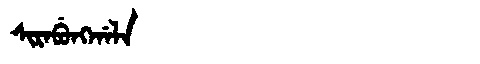
Manchu: ᠰᡳᡵᠠᠪᡠᠩᡤᠠᠯᠠ
Romanization: SIRABUNGGALA